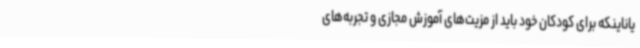
یاناینکه برای کودکان خود باید از مزیت‌های آموزش مجازی و تجربه‌های